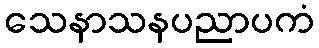
သေနာသနပညာပကံ